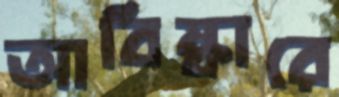
আবিষ্কারে